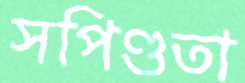
সপিণ্ডতা